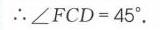
\(\therefore\angle FCD = 45^{\circ}\).